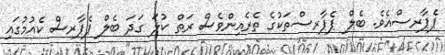
ޕެޕާރސްއެވެ. ބެލް ޕެޕާރސްތަކުގެ ތެރެއިންވެސް ރަތް ކުލަ ގަދަ ބެލް ޕެޕާރސް ކެއުމުގައި